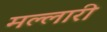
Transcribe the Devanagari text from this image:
मल्लारी